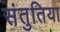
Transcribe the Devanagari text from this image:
संतुतिया